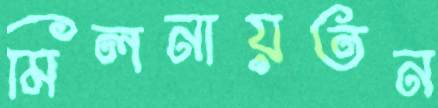
মিলনায়তন